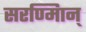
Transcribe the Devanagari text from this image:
सरण्मािन्‌